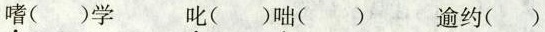
嗜()学 叱()咄() 逾约()